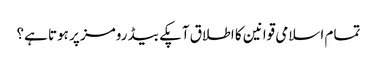
تمام اسلامی قوانین کا اطلاق آپکے بیڈ رومز پر ہوتا ہے؟